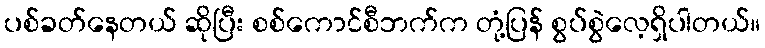
ပစ်ခတ်နေတယ် ဆိုပြီး စစ်ကောင်စီဘက်က တုံ့ပြန် စွပ်စွဲလေ့ရှိပါတယ်။